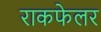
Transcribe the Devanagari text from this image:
राकफेलर